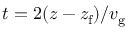
t = 2 ( z - z _ { \mathrm { f } } ) / v _ { \mathrm { g } }